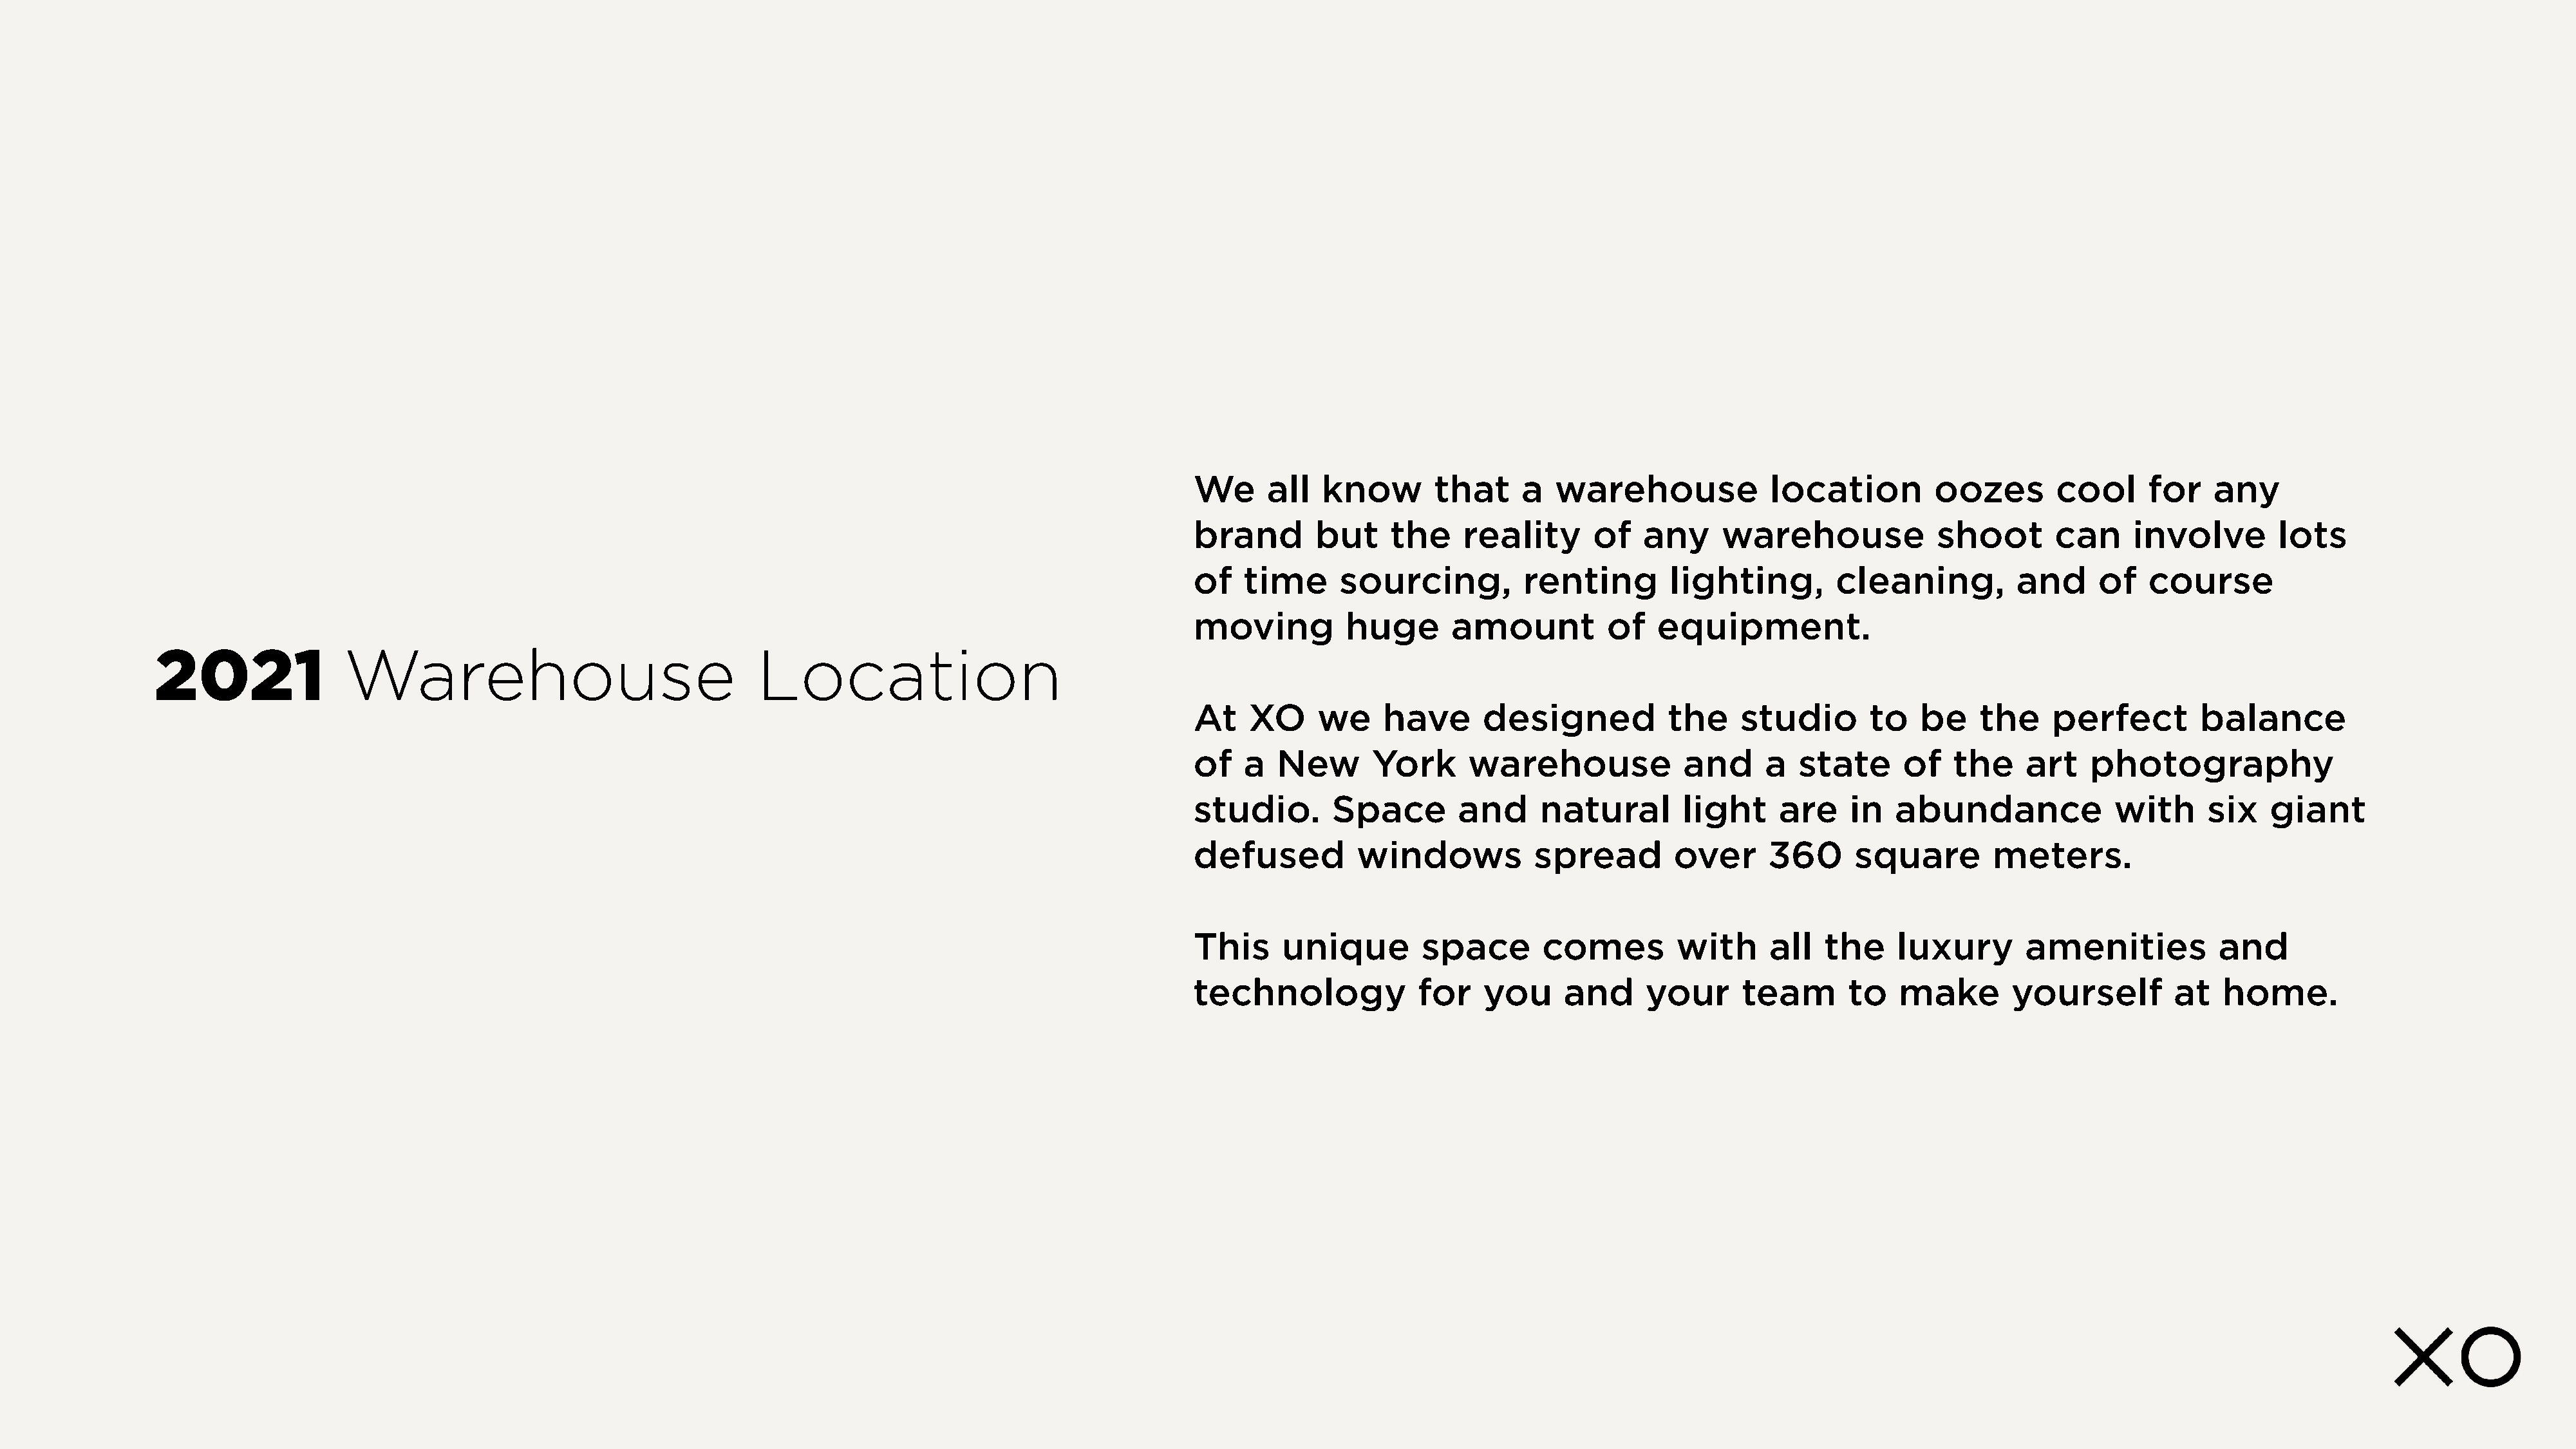
We     all   know       that     a   warehouse             location         oozes       cool      for    any
 brand       but     the    reality       of   any     warehouse             shoot       can     involve        lots
 of   time      sourcing,          renting        lighting,        cleaning,         and      of   course
 moving         huge       amount          of   equipment.
 2021               Warehouse                                  Location
 At   XO     we     have      designed           the     studio       to   be    the     perfect        balance
 of   a  New       York      warehouse             and     a   state      of   the    art    photography
 studio.       Space        and     natural        light     are    in   abundance             with      six   giant
 defused         windows            spread        over      360      square        meters.
 This     unique        space        comes        with      all   the    luxury       amenities           and
 technology             for   you      and     your      team       to   make        yourself        at   home.